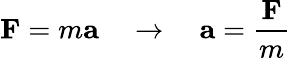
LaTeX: \mathbf{F}=m\mathbf{a}\quad\to\quad\mathbf{a}={\frac{\mathbf{F}}{m}}